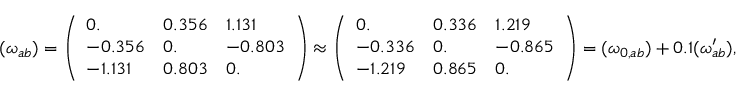
\begin{array} { r } { ( \omega _ { a b } ) = \left( \begin{array} { l l l } { 0 . } & { 0 . 3 5 6 } & { 1 . 1 3 1 } \\ { - 0 . 3 5 6 } & { 0 . } & { - 0 . 8 0 3 } \\ { - 1 . 1 3 1 } & { 0 . 8 0 3 } & { 0 . } \end{array} \right) \approx \left( \begin{array} { l l l } { 0 . } & { 0 . 3 3 6 } & { 1 . 2 1 9 } \\ { - 0 . 3 3 6 } & { 0 . } & { - 0 . 8 6 5 } \\ { - 1 . 2 1 9 } & { 0 . 8 6 5 } & { 0 . } \end{array} \right) = ( \omega _ { 0 , a b } ) + 0 . 1 ( \omega _ { a b } ^ { \prime } ) , } \end{array}